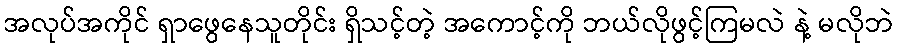
အလုပ်အကိုင် ရှာဖွေနေသူတိုင်း ရှိသင့်တဲ့ အကောင့်ကို ဘယ်လိုဖွင့်ကြမလဲ နဲ့ မလိုဘဲ